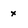
Character: x